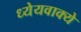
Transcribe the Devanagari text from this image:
ध्येयवाक्ये